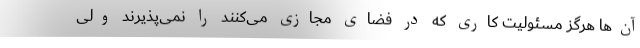
آن‌ها هرگز مسئولیت کاری که در فضای مجازی می‌کنند را نمی‌پذیرند ولی